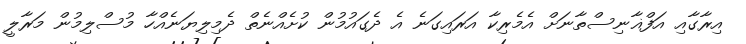
އިރާގާއި އަފްޣާނިސްތާނަށް އެމެރިކާ އަރައިގަނެ އެ ދެގައުމުން ކުށެއްނެތް ދެމިލިޔަނެއްހާ މުސްލިމުން މަރާލީ